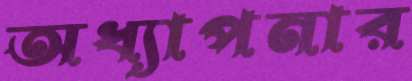
অধ্যাপনার